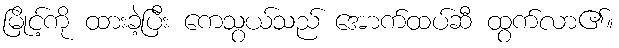
မြိုင့်ကို ထားခဲ့ပြီး ကေသွယ်သည် အောက်ထပ်ဆီ ထွက်လာ၏။